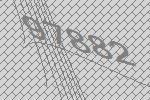
97882